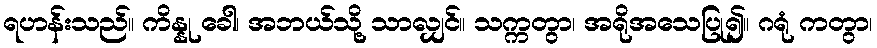
ရဟန်းသည်။ ကိန္နု ခေါ၊ အဘယ်သို့ သာလျှင်။ သက္ကတွာ၊ အရိုအသေပြု၍။ ဂရုံ ကတွာ၊